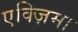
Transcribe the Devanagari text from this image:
एक्ज़िमा